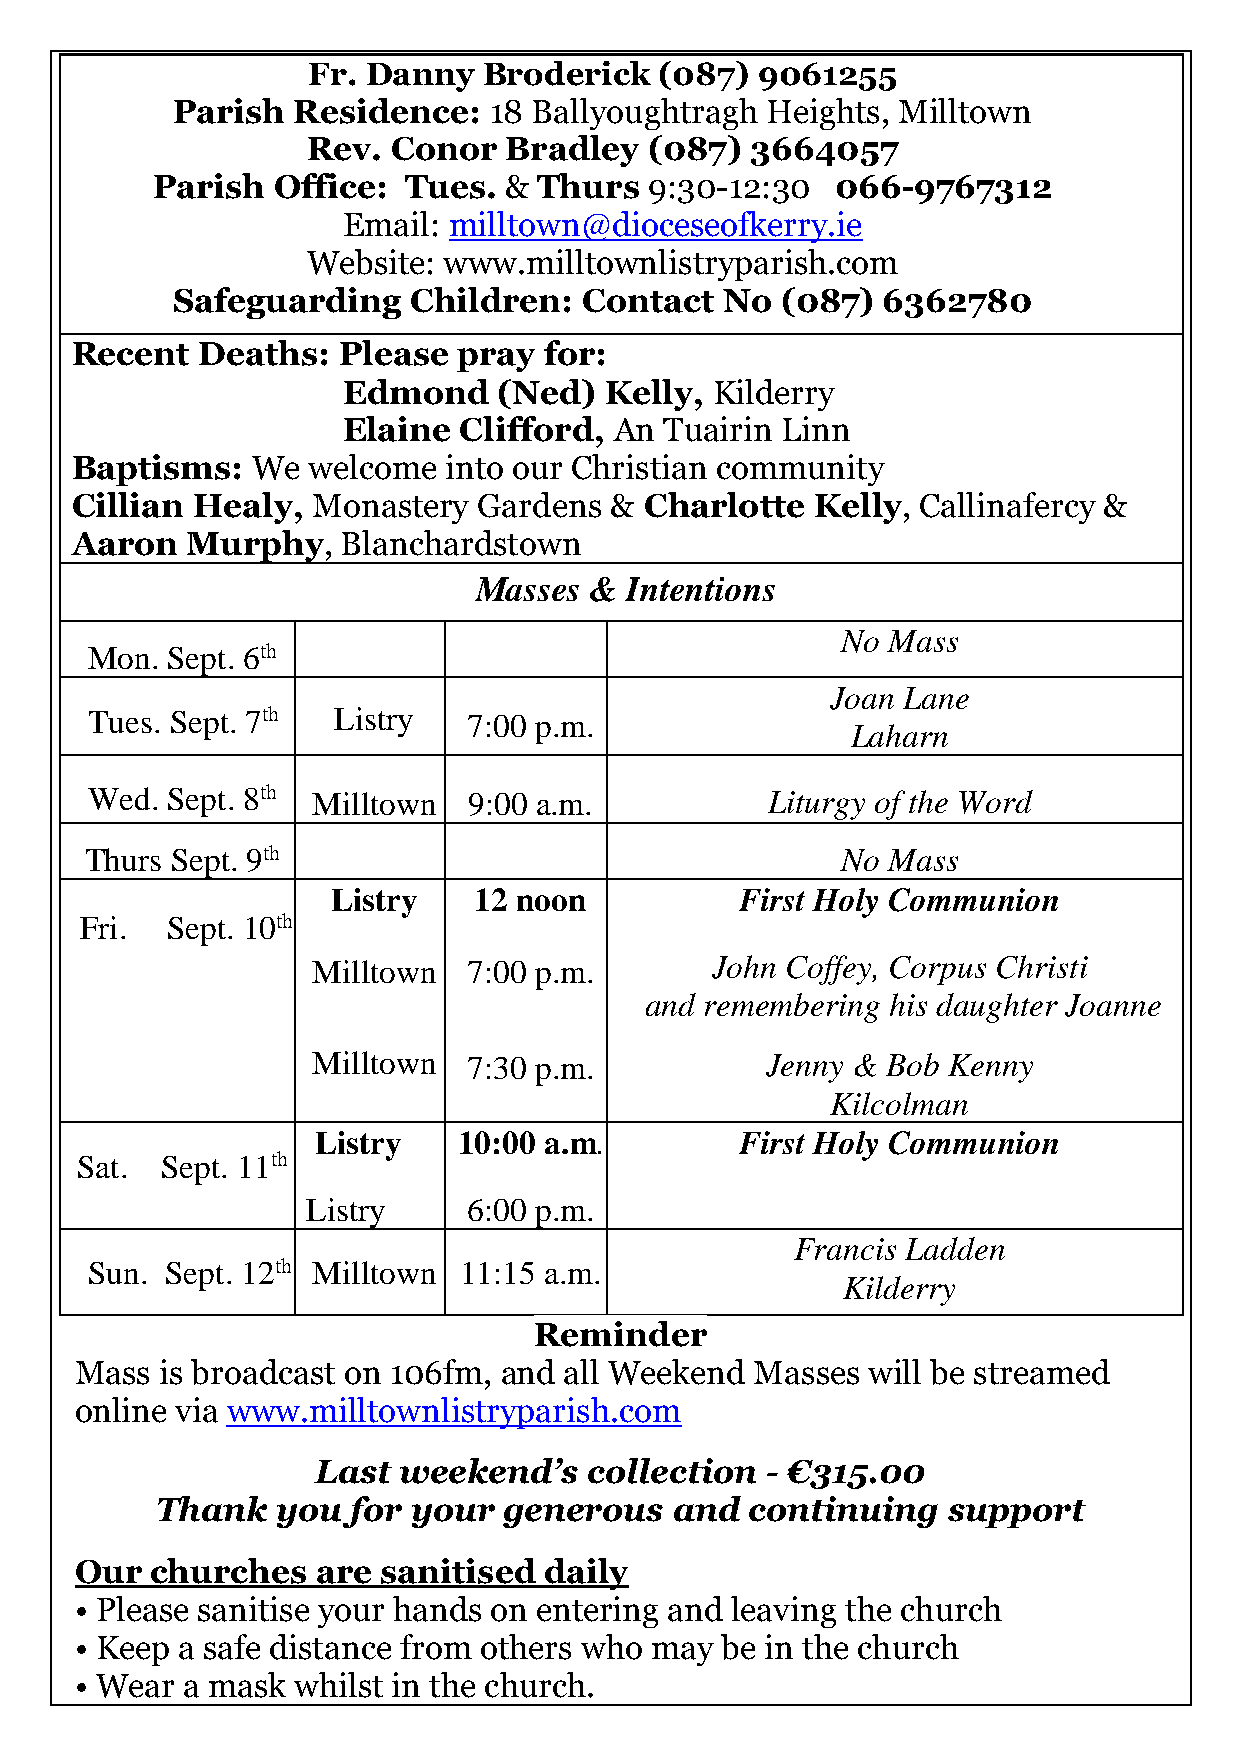
Fr. Danny   Broderick   (087) 9061255
 Parish  Residence:   18 Ballyoughtragh  Heights, Milltown
 Rev.  Conor  Bradley   (087)  3664057
 Parish  Office:  Tues. &  Thurs  9:30-12:30  066-9767312
 Email: milltown@dioceseofkerry.ie
 Website: www.milltownlistryparish.com
 Safeguarding    Children:   Contact  No  (087) 6362780
 Recent  Deaths:  Please  pray  for:
 Edmond    (Ned)  Kelly, Kilderry
 Elaine Clifford,  An Tuairin Linn
 Baptisms:   We welcome  into our Christian community
 Cillian Healy,  Monastery  Gardens &  Charlotte  Kelly, Callinafercy &
 Aaron  Murphy,    Blanchardstown
 Masses  &  Intentions
 No Mass
 Mon. Sept. 6th
 Joan Lane
 Tues. Sept. 7th L istry  7:00 p.m.
 Laharn
 Wed. Sept. 8th M i l l t o w n 9:00 a.m.     Liturgy of the Word
 Thurs Sept. 9th                                   No Mass
 Listry   12 noon           First Holy Communion
 Fri.  Sept. 10th
 Milltown  7:00 p.m.       John Coffey, Corpus Christi
 and remembering his daughter Joanne
 Milltown  7:30 p.m.           Jenny & Bob Kenny
 Kilcolman
 Listry   10:00 a.m          First Holy Communion
 .
 Sat.  Sept. 11th
 Listry     6:00 p.m.
 Francis Ladden
 Sun. Sept. 12th M i l l t o w n 11:15 a.m.
 Kilderry
 Reminder
 Mass  is broadcast on 106fm, and all Weekend Masses  will be streamed
 online via www.milltownlistryparish.com
 Last weekend’s    collection  - €315.00
 Thank   you  for your  generous    and  continuing   support
 Our  churches   are sanitised  daily
 • Please sanitise your hands on entering and leaving the church
 • Keep a safe distance from others who may be in the church
 • Wear a mask whilst in the church.